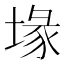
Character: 堟